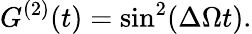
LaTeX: G^{(2)}(t)=\sin^{2}(\Delta\Omega t).